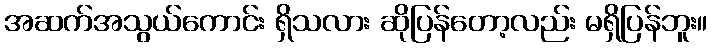
အဆက်အသွယ်ကောင်း ရှိသလား ဆိုပြန်တော့လည်း မရှိပြန်ဘူး။